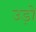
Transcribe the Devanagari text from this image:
उड़ो